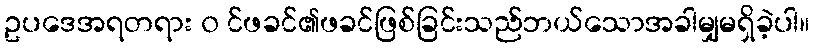
ဥပဒေအရတရား ၀ င်ဖခင်၏ဖခင်ဖြစ်ခြင်းသည်ဘယ်သောအခါမျှမရှိခဲ့ပါ။